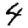
Digit: 4